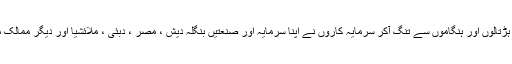
صرف یہی نہیں بلکہ آئے دن کی ہڑتالوں اور ہنگاموں سے تنگ آکر سرمایہ کاروں نے اپنا سرمایہ اور صنعتیں بنگلہ دیش ، مصر ، دبئی ، ملائشیا اور دیگر ممالک میں منتقل کرنا شروع کردی ہیں ۔